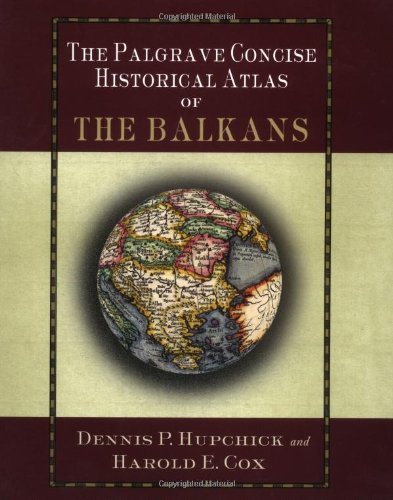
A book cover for The Palgrave Concise Historical Atlas of the Balkans; Dennis P. Hupchick; History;